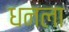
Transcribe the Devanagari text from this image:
धनला